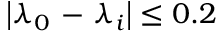
\left| { { \lambda } _ { 0 } } \mathrm { ~ - ~ } { { \lambda } _ { i } } \right| \le 0 . 2